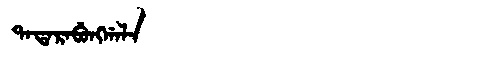
Manchu: ᡨᠠᡨᠠᡵᠠᠪᡠᠩᡤᠠᠯᠠ
Romanization: TATARABUNGGALA